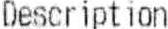
DESCRIPTION